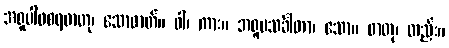
အရူပါဝစရဓာတု၊ သောဓာတ်။ ဝါ၊ ကား။ အရူပသင်္ခါတာ၊ သော။ ဓာတု၊ တည်း။